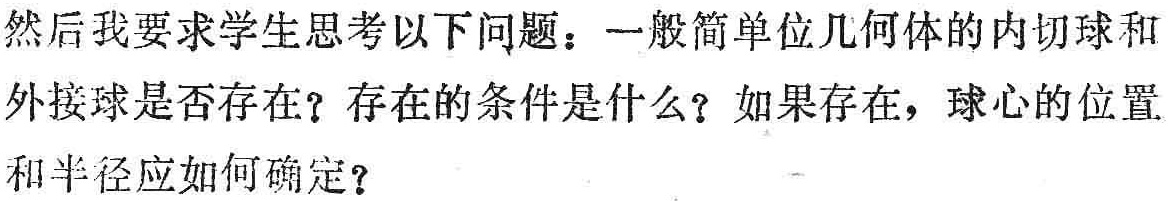
然后我要求学生思考以下问题：一般简单位几何体的内切球和外接球是否存在？存在的条件是什么？如果存在，球心的位置和半径应如何确定？